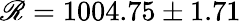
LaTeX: \mathscr{R}=1004.75\pm 1.71